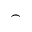
\frown